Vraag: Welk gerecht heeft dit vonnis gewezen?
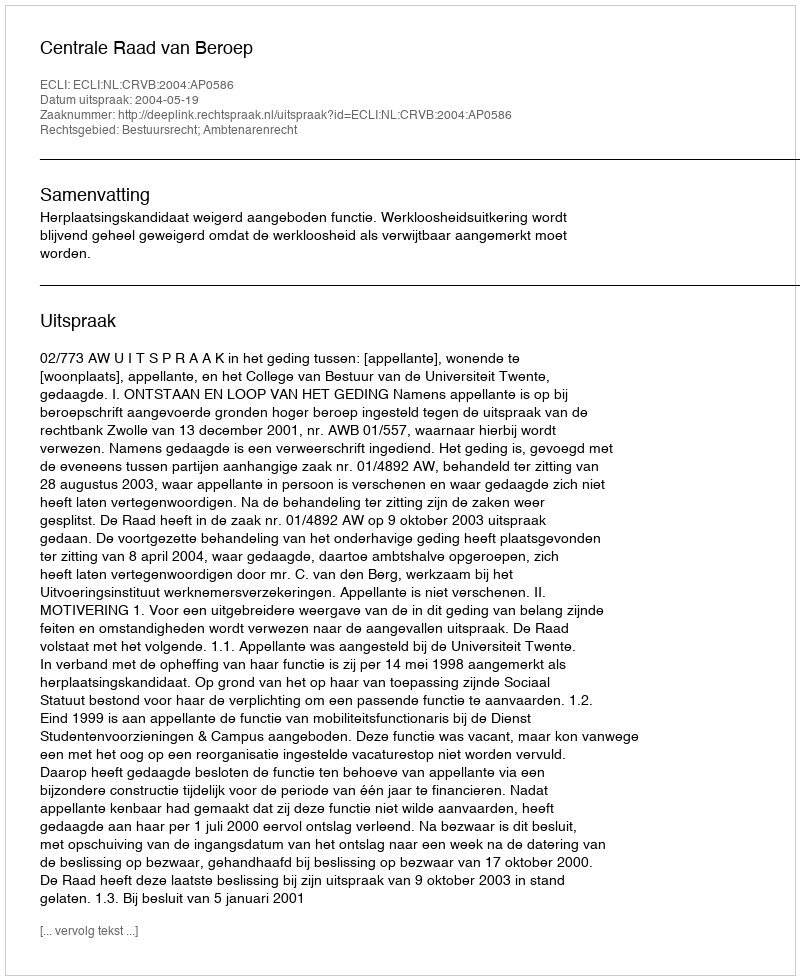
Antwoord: Centrale Raad van Beroep